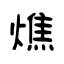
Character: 燋